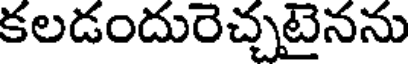
కలడందురెచ్చటైనను